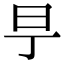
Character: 𣄿